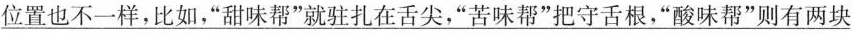
\underline{位置也不一样，比如，”甜味帮”就驻扎在舌尖，”苦味帮”把守舌根，”酸味帮”则有两块}